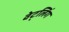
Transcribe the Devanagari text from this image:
वेट्लिंग